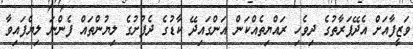
ވަޒީފާއަށް އެދޭފަރާތުގެ ދިވެހި ރައްޔިތެއްކަން އަންގައިދޭ ކާޑުގެ ދެފުށުގެ ލިޔުންތައް ފެންނަ ލިޔެފައިވާ